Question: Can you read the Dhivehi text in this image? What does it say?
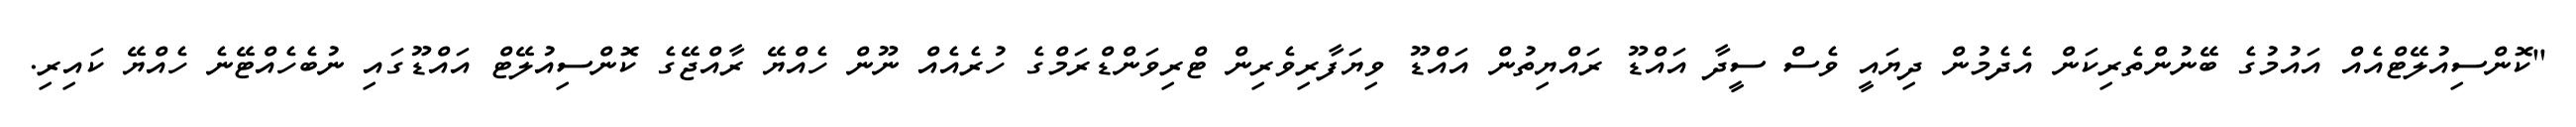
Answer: "ކޮންސިއުލޭޓްއެއް އައުމުގެ ބޭނުންތެރިކަން އެދެމުން ދިޔައީ ވެސް ސީދާ އައްޑޫ ރައްޔިތުން އައްޑޫ ވިޔަފާރިވެރިން ޓްރިވަންޑްރަމްގެ ހުރެއެއް ނޫން ހެއްޔޭ ރާއްޖޭގެ ކޮންސިއުލޭޓް އައްޑޫގައި ނުބެހެއްޓޭނެ ހެއްޔޭ ކައިރި.